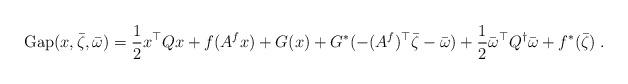
LaTeX: \begin{align*}\mathrm{Gap}(x, \bar \zeta, \bar \omega) = \frac 12 x^\top Q x + f(A^f x) + G(x) + G^*(-(A^f)^\top \bar \zeta - \bar \omega) + \frac 12 \bar \omega^\top Q^{\dagger} \bar \omega + f^*(\bar \zeta) \;.\end{align*}